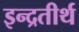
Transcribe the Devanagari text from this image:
इन्द्रतीर्थ